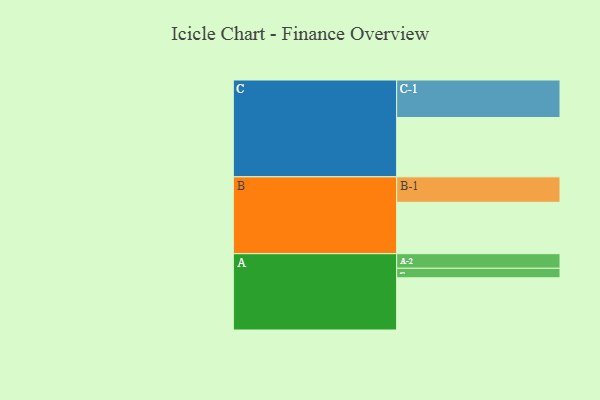
{"axis": {"x": "Segment", "y": "Value"}, "legend": ["", "A", "B", "C"], "data": [{"x": "A", "y": 394, "type": ""}, {"x": "B", "y": 388, "type": ""}, {"x": "C", "y": 448, "type": ""}, {"x": "A-1", "y": 72, "type": "A"}, {"x": "A-2", "y": 110, "type": "A"}, {"x": "B-1", "y": 192, "type": "B"}, {"x": "C-1", "y": 283, "type": "C"}]}